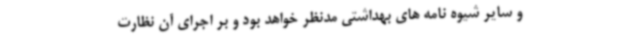
و سایر شیوه نامه های بهداشتی مدنظر خواهد بود و بر اجرای آن نظارت